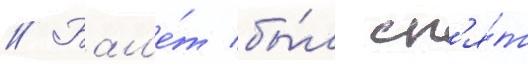
// Бал'е́т бы́л сн'я́т